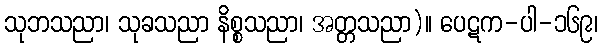
သုဘသညာ၊ သုခသညာ နိစ္စသညာ၊ အတ္တသညာ)။ ပေဋက-ပါ-၁၆၉၊